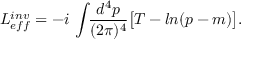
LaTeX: { \cal L } _ { e f f } ^ { i n v } = - i \, \int \! \! { \frac { d ^ { 4 } p } { ( 2 \pi ) ^ { 4 } } } \big [ T - l n ( \sl { p } - m ) \big ] .